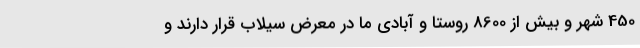
450 شهر و بیش از 8600 روستا و آبادی ما در معرض سیلاب قرار دارند و